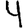
Digit: 4